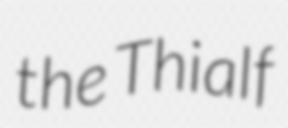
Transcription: the Thialf